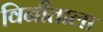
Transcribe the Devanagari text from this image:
विनीताला